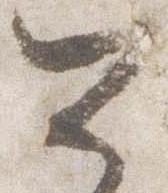
公